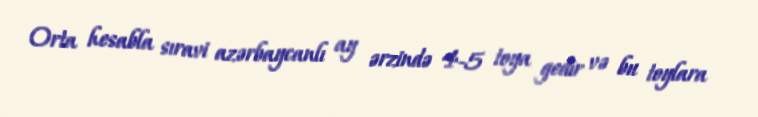
Orta hesabla sıravi azərbaycanlı ay ərzində 4-5 toya gedir və bu toylara